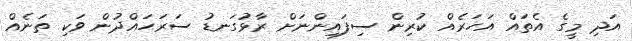
އަދި މީގެ އެތައް އަހަރެއް ކުރިން ސިފައިންނަށް ރާޅުގަނޑު ސަރަހައްދުން ވަކި ތަނެއް